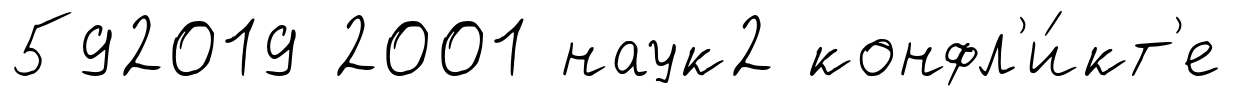
592019 2001 наук2 конфл'и́кт'е